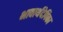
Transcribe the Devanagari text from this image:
भावार्थदेपिका